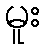
မူး